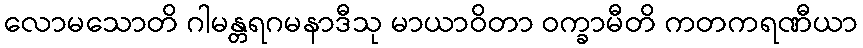
လောမသောတိ ဂါမန္တရဂမနာဒီသု မာယာဝိတာ ဝက္ခာမီတိ ကတကရဏီယာ